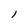
Character: l